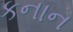
કનાન